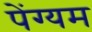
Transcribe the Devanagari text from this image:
पेंग्यम